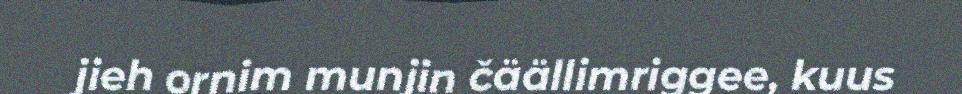
jieh ornim munjin čäällimriggee, kuus